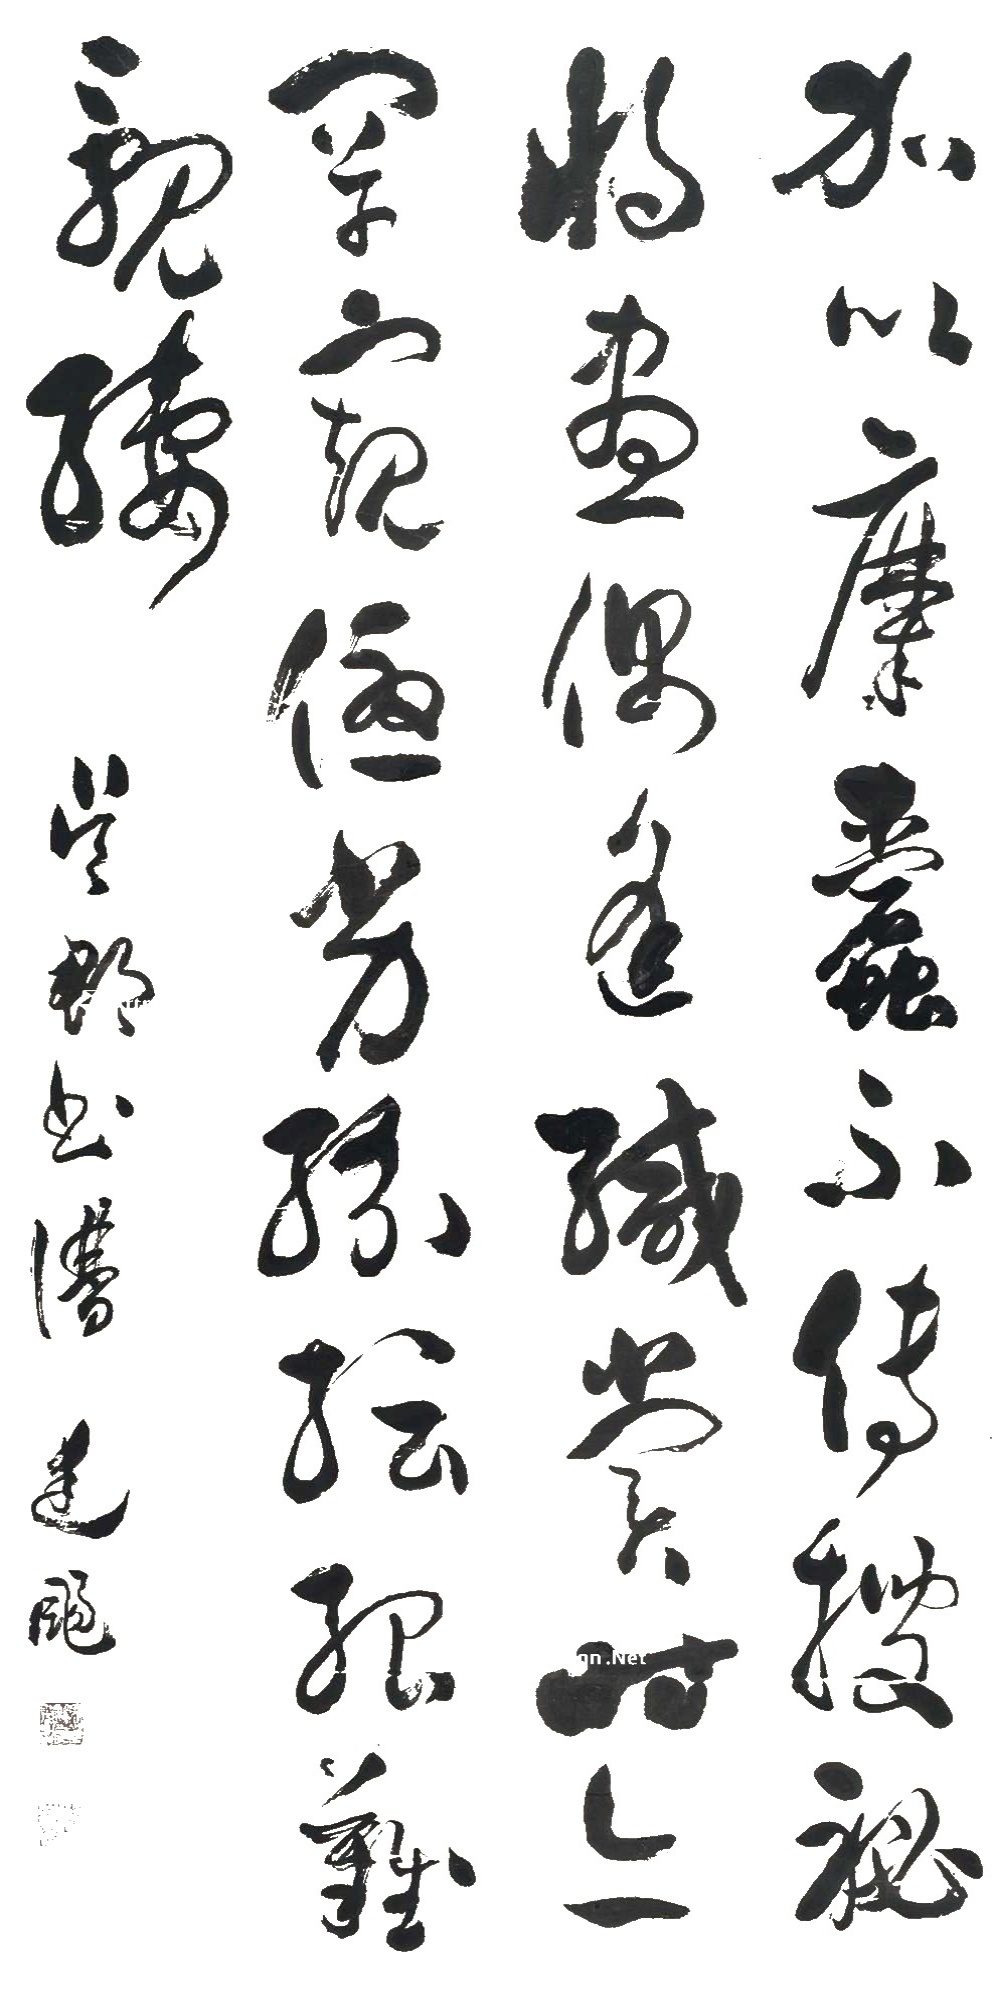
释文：加以靡蠹不传，搜秘将尽。偶逢缄赏，时亦罕窥，优劣纷纭，殆难𫌨缕。吴郡书谱，廷飏。